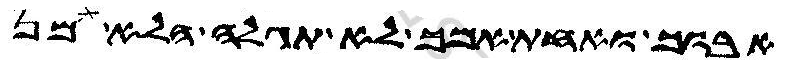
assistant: אבוך ואחת אמך לא תגלה הלא מן